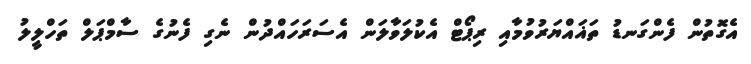
އެގޮތުން ފެންގަނޑު ތަޣައްޔަރުވުމާއި ރިޕޯޓް އެކުލަވާލަން އެސަރަހައްދުން ނެގި ފެނުގެ ސާމްޕަލް ތަހްލީލު